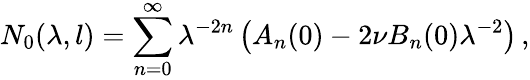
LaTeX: N_{0}(\lambda,l)=\sum_{n=0}^{\infty}\lambda^{-2n}\left(A_{n}(0)-2\nu B_{n}(0)\lambda^{-2}\right)\, ,